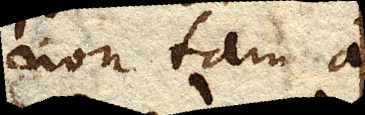
non tam a